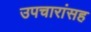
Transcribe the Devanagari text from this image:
उपचारांसह